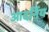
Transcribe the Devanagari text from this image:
आदर्निय